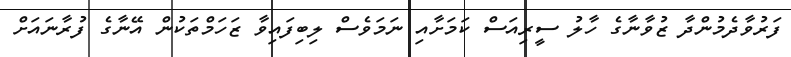
ފަރުވާދެމުންދާ ޒުވާނާގެ ހާލު ސީރިއަސް ކަމަށާއި ނަމަވެސް ލިބިފައިވާ ޒަހަމްތަކުން އޭނާގެ ފުރާނައަށް